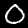
Label: 0